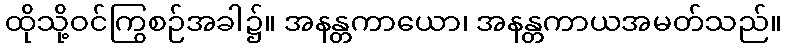
ထိုသို့ဝင်ကြွစဉ်အခါ၌။ အနန္တကာယော၊ အနန္တကာယအမတ်သည်။